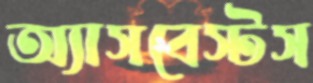
অ্যাসবেস্টস